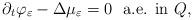
LaTeX: \begin{align*} \partial_t \varphi_{\varepsilon} - \Delta \mu_{\varepsilon}= 0 \ \ \textrm{a.e. in $Q$,}\end{align*}